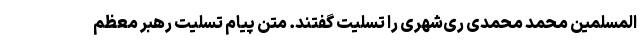
المسلمین محمد محمدی ری‌شهری را تسلیت گفتند. متن پیام تسلیت رهبر معظم